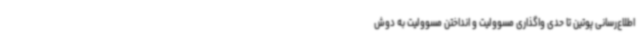
اطلاع‌رسانی پوتین تا حدی واگذاری مسوولیت و انداختن مسوولیت به دوش